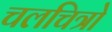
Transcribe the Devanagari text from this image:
चलचित्रो